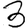
Digit: 3